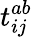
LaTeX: t_{ij}^{ab}